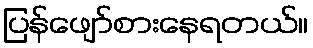
ပြန်ဖျော်စားနေရတယ်။